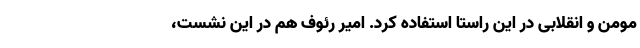
مومن و انقلابی در این راستا استفاده کرد. امیر رئوف هم در این نشست،